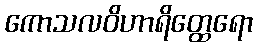
ကောသလဝိဟာရိတ္ထေရော